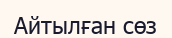
Айтылған сөз